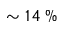
\sim 1 4 \; \%